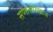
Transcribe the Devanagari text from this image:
सणासारखाच